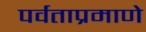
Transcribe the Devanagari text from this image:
पर्वताप्रमाणे